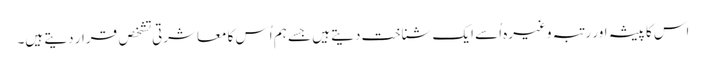
اس کا پیشہ اور رتبہ وغیرہ اُسے ایک شناخت دیتے ہیں جسے ہم اُس کا معاشرتی تشخص قرار دیتے ہیں۔